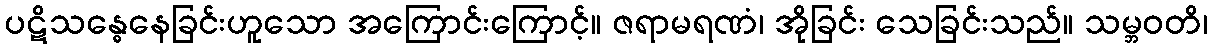
ပဋိသန္ဓေနေခြင်းဟူသော အကြောင်းကြောင့်။ ဇရာမရဏံ၊ အိုခြင်း သေခြင်းသည်။ သမ္ဘဝတိ၊